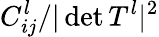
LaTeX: C_{ij}^{l}/\vert\operatorname*{det}T^{l}\vert^{2}